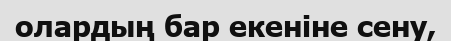
олардың бар екеніне сену,